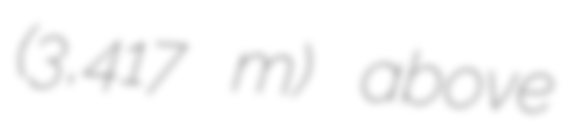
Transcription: (3,417 m) above